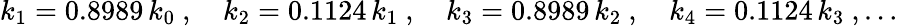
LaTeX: k_{1}=0.8989\, k_{0}\ ,\quad k_{2}=0.1124\, k_{1}\ ,\quad k_{3}=0.8989\, k_{2}\ ,\quad k_{4}=0.1124\, k_{3}\ ,\ldots